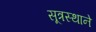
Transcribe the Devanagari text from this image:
सूत्रस्थाने